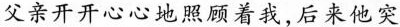
父亲开开心心地照顾着我，后来他突